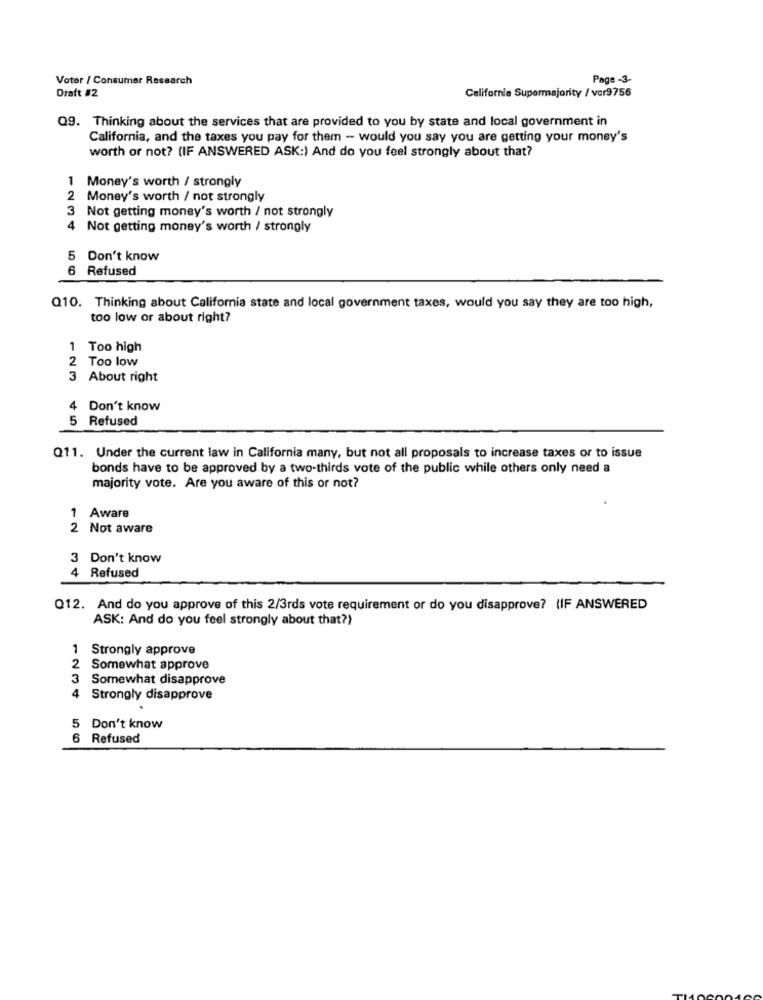
Voter / Consumer Research
Page -3.
Draft #2
California Supermajority / vor9756
Q9. Thinking about the services that are provided to you by state and local government in
California, and the taxes you pay for them - would you say you are getting your money's
worth or not? (IF ANSWERED ASK:) And do you feel strongly about that?
1 Money's worth / strongly
2 Money's worth / not strongly
3
Not getting money's worth / not strongly
4 Not getting money's worth / strongly
5 Don't know
6
Refused
Q10. Thinking about California state and local government taxes, would you say they are too high,
too low or about right?
1 Too high
2 Too low
About right
Don't know
5 Refused
Q11. Under the current law in California many, but not all proposals to increase taxes or to issue
bonds have to be approved by a two-thirds vote of the public while others only need a
majority vote. Are you aware of this or not?
1 Aware
2 Not aware
3 Don't know
4 Refused
Q12. And do you approve of this 2/3rds vote requirement or do you disapprove? (IF ANSWERED
ASK: And do you feel strongly about that?)
1 Strongly approve
2
Somewhat approve
3
Somewhat disapprove
4
Strongly disapprove
5 Don't know
6 Refused